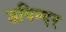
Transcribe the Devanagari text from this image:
उपिन्दर